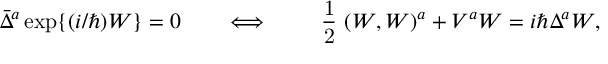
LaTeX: \bar { \Delta } ^ { a } \, \mathrm { e x p } \{ ( i / \hbar ) W \} = 0 \qquad \Longleftrightarrow \qquad \mathrm { ~ \frac { 1 } { 2 } ~ } ( W , W ) ^ { a } + V ^ { a } W = i \hbar \Delta ^ { a } W ,